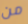
من